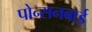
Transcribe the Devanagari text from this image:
पोन्सनबाई